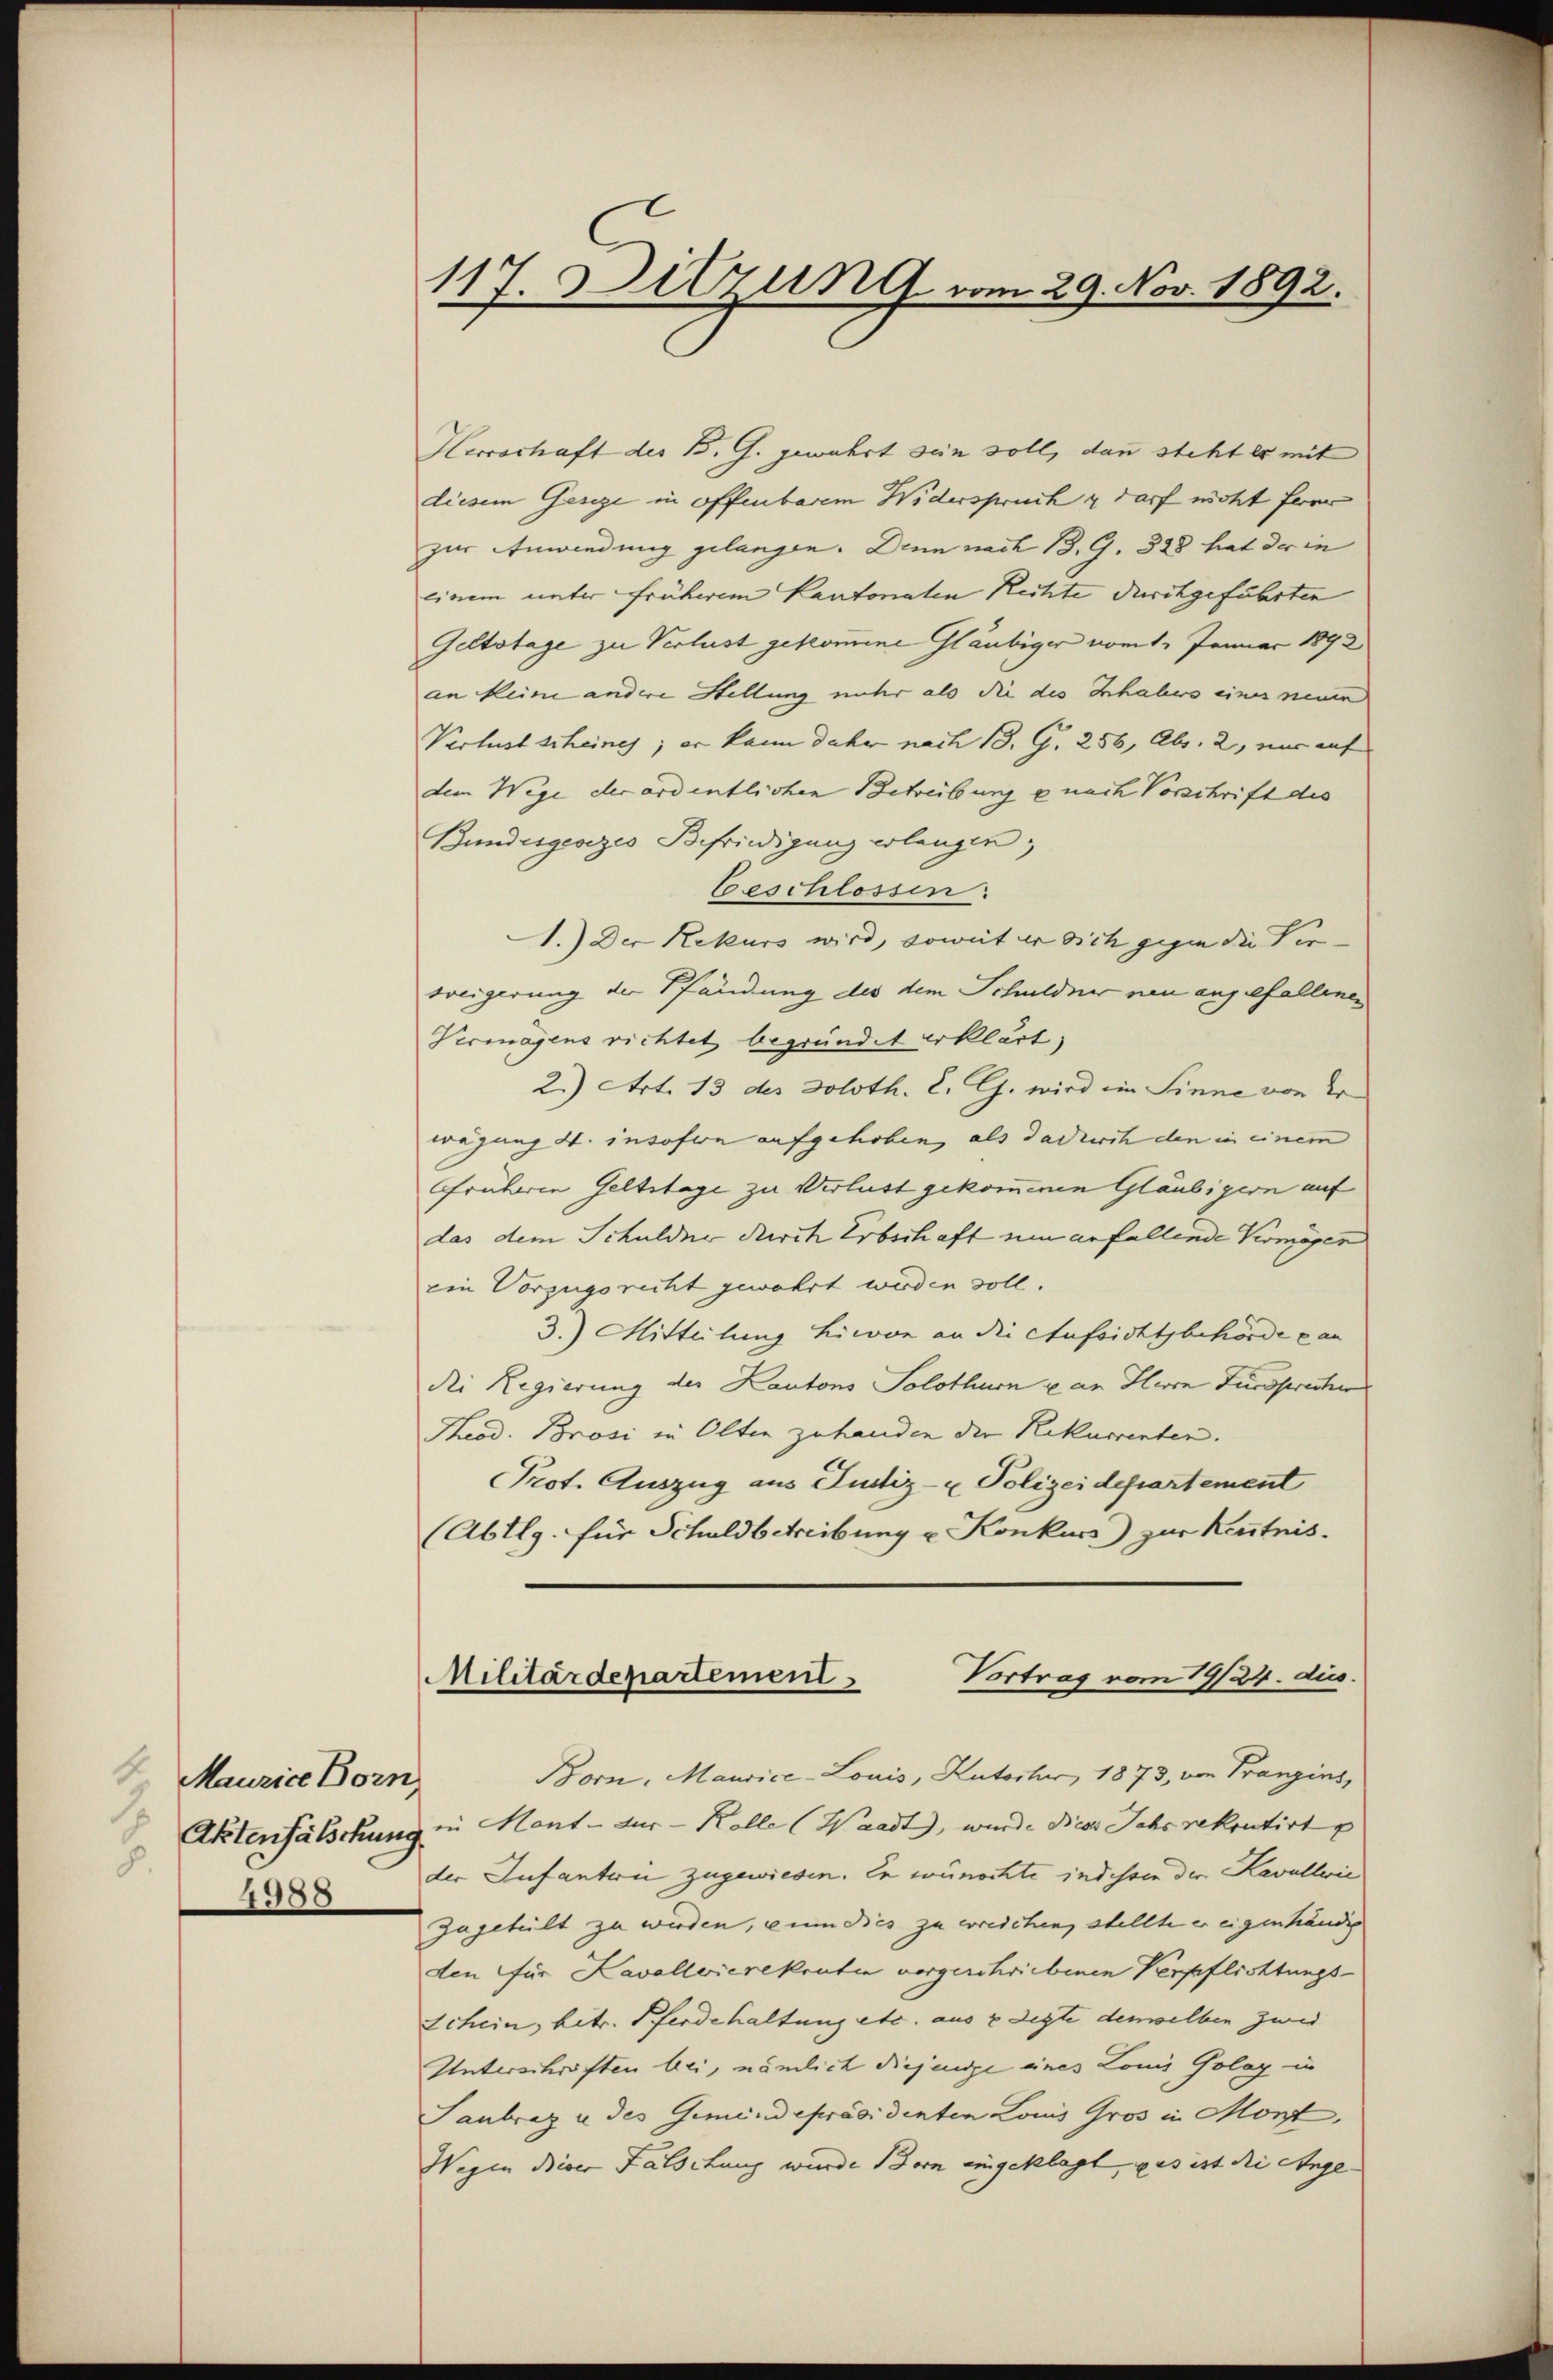
4.
Maurice Born
.
Aktenfälschung
8.
4588

117. Sitzung vom 29. Nov. 1892.

Herrschaft des B. G. gewahrt sein soll, dann steht er mit
diesem Geseze in offenbarem Widerspruch darf nicht freu
zur Anwendung gelangen. Denn nach 13. G. 328 hat der in
einem unter früherem Kantonalen Rechte durchgeführten
Geltstage zu Verlust gekomme Gläubiger vom 1. Januar 1892
an keine andere Stellung unter als die des Inhabers eines neuen
Verlust scheines; er kann daher nach 13. G. 256, Abs. 2, nur auf
dem Wege der ordentlichen Betreibung u nach Vorschrift des
Bundesgesezes Befriedigung erlangen;
beschlossen:
1.) Der Rekurs wird, soweit er sich gegen die Verweigerung der Pfändung des dem Schulder neu angefallenen
Vermögens richtet begründet erklärt,
2) Art. 13 des Soloth. E. G. wird im Sinne von Er
wägung 4. insofern aufgehoben, als dadurch den in einem
Frühere Geltstage zu Verlust gekommenen Gläubigern auf
das dem Schuldner durch Erbschaft ein anfallende Vermögen
ein Vorzugsrecht gewahrt werden soll.
3.) Mitteilung hievon an die Aufsichtsbehörde can
die Regierung der Kantons Solothurn u. an Herrn Fürsprecher
Theod. Brosi in Olten zuhanden die Rekurrenten.
Prot. Auszug aus Justiz- & Polizeidepartement
(Abtlg. für Schuldbetreibung u. Konkurs) zur Kenntnis.
Vortrag vom 19/24. dies
Militärdepartement
Born, Maurice-Louis, Kutscher, 1873, von Franzins,
in Mont - zur Kolle (Waadt, wurde dieses Jahr rekontirt u
der Infanterii zugewiesen. Er wünschte indessen der Kavalleic
zugeteilt zu werden, in dies zu erreichen, stellte er eigenhändig
den für Kavallerierekruten vorgeschriebenen Verpflichtungs¬
Schein, betr. Pferdehaltung etc. aus 2 legte demselben zwei
Unterschriften bei, nämlich diejenige eines Louis Golay in
Sanbraz u. des Gemeindepräsidenten Louis Gros in Mont,
Wegen dieser Falschung wurde Bern eingeklagt, was ist die Ange-